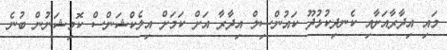
މައި އިދާރާއަށާއި ކެނދިކުޅުދޫ ކައުންސިލް އިދާރާ އަށް ކަމަށް އިލެކްޝަންސް ކޮމިޝަނުން ބުނެ